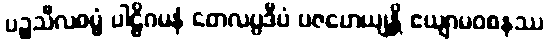
ပဉ္စသီလဓမ္မံ ပါဠိဂမနံ တေလပ္ပဒီပံ ပဇဟေယျန္တိ ဧယျာမဝစနဿ